Annual statistical returns and brief notes on vaccination in Bengal - 1909-1929
Year: 1909
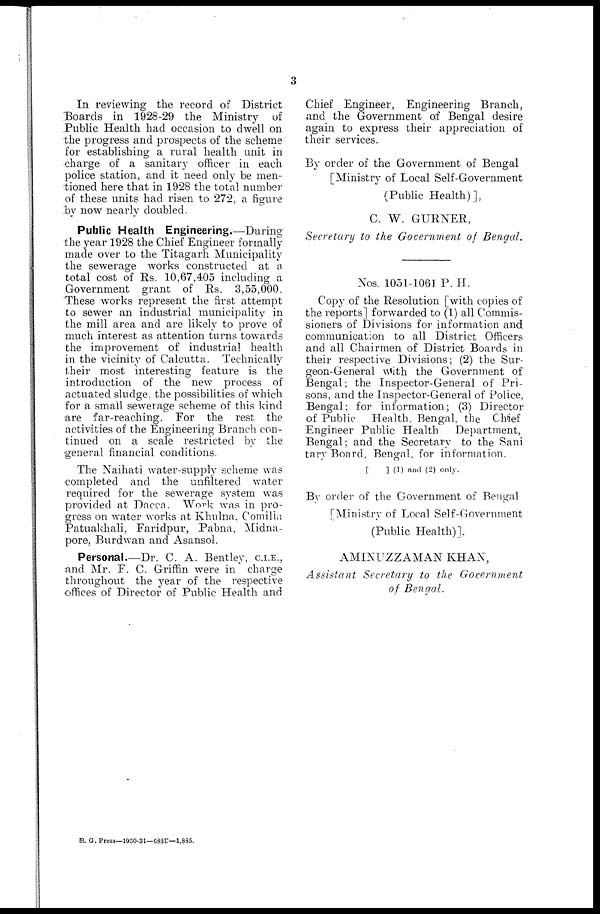
3
In reviewing the record of District
Boards in 1928-29 the Ministry of
Public Health had occasion to dwell on
the progress and prospects of the scheme
for establishing a rural health unit in
charge of a sanitary officer in each
police station, and it need only be men-
tioned here that in 1928 the total number
of these units had risen to 272, a figure
by now nearly doubled.
Public Health Engineering.—During
the year 1928 the Chief Engineer formally
made over to the Titagarh Municipality
the sewerage works constructed at a
total cost of Rs. 10,67,405 including a
Government grant of Rs. 3,55,000.
These works represent the first attempt
to sewer an industrial municipality in
the mill area and are likely to prove of
much interest as attention turns towards
the improvement of industrial health
in the vicinity of Calcutta. Technically
their most interesting feature is the
introduction of the new process of
actuated sludge, the possibilities of which
for a small sewerage scheme of this kind
are far-reaching. For the rest the
activities of the Engineering Branch con-
tinued on a scale restricted by the
general financial conditions.
The Naihati water-supply scheme was
completed and the unfiltered water
required for the sewerage system was
provided at Dacca. Work was in pro-
gress on water works at Khulna, Comilla
Patuakhali, Faridpur, Pabna, Midna-
pore, Burdwan and Asansol.
Personal.—Dr. C. A. Bentley, C.I.E.,
and Mr. F. C. Griffin were in charge
throughout the year of the respective
offices of Director of Public Health and
Chief Engineer, Engineering Branch,
and the Government of Bengal desire
again to express their appreciation of
their services.
By order of the Government of Bengal
[Ministry of Local Self-Government
(Public Health)],
C. W. GURNER,
Secretary to the Government of Bengal.
Nos. 1051-1061 P. H.
Copy of the Resolution [with copies of
the reports] forwarded to (1) all Commis-
sioners of Divisions for information and
communication to all District Officers
and all Chairmen of District Boards in
their respective Divisions; (2) the Sur-
geon-General with the Government of
Bengal; the Inspector-General of Pri-
sons, and the Inspector-General of Police,
Bengal; for information; (3) Director
of Public Health. Bengal, the Chief
Engineer Public Health
Department,
Bengal; and the Secretary to the Sani
tary Board, Bengal, for information.
[
] (1) and (2) only.
By order of the Government of Bengal
[Ministry of Local Self-Government
(Public Health)],
AMINUZZAMAN KHAN,
Assistant Secretary to the Government
of Bengal.
B. G. Press—1930-31—688D—1,885.